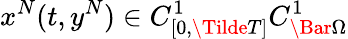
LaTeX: x^{N}(t,y^{N})\in C_{[0,\Tilde{T}]}^{1}C_{\Bar{\Omega}}^{1}